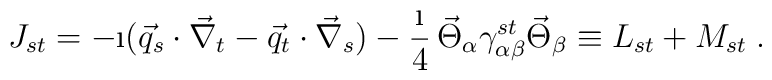
J_{st} = -\i(\vec{q}_s\cdot\vec{\nabla}_t - \vec{q}_t\cdot\vec{\nabla}_s)-\frac{\i}{4} \,\vec{\Theta}_\alpha \gamma^{st}_{\alpha\beta} \vec{\Theta}_\beta\equiv L_{st}+M_{st}\;. \nonumber